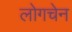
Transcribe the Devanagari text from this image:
लोगचेन